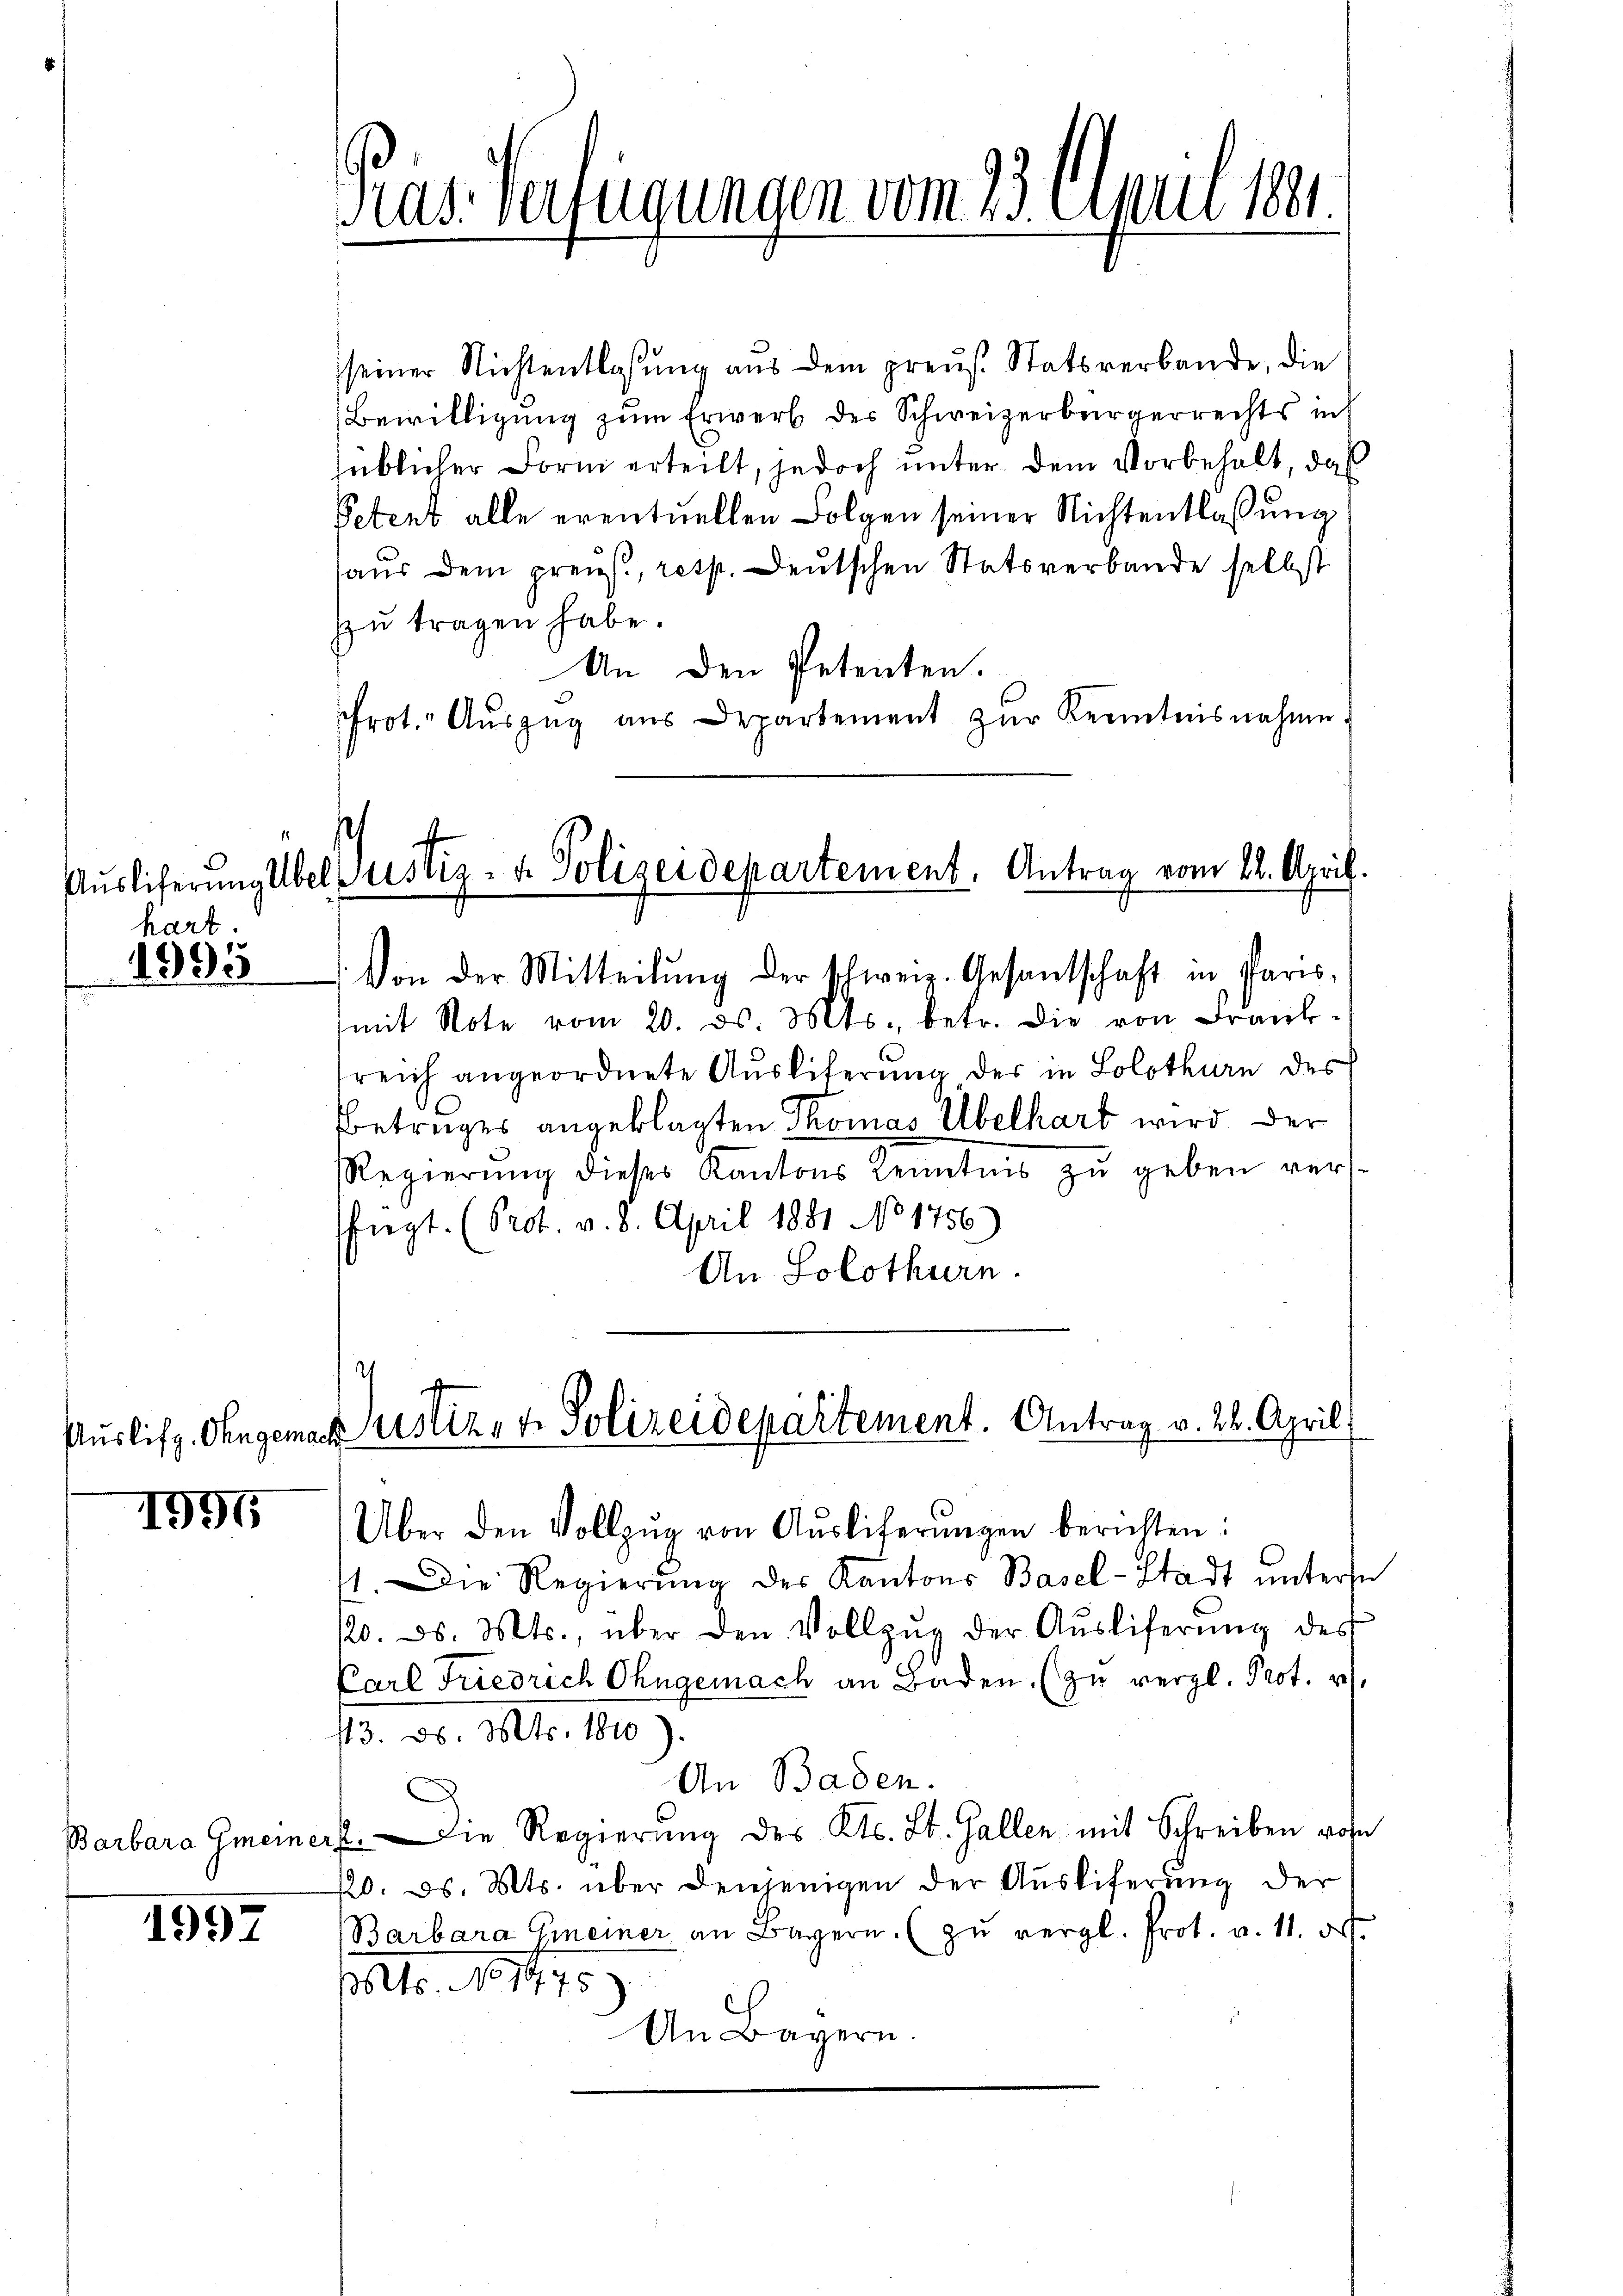
hart.

1995

1995

Barbara Gmeiner

1997

Pras. Verfügungen vom 23. April 1881.

seiner Nichtentlassŭng aŭs dem preus. Statsverbande, die
Bewilligung zum Erwerb des Schweizerbürgerrechts inh
süblicher Form erteilt, jedoch unter dem Vorbehalt, daß
Petent alle eventuellen Folgen seiner Nichtentlassung
haus dem preus, resp. Deutschen Statsverbande selbst
zu tragen habe.
An den Petenten.
frot. Aŭszŭg aŭs Departement zŭr Kenntnisnahme.

Auslieferung über Justiz- & Polizeidepartement. Antrag vom 12. April.

Von der Mitteilŭng der Schweiz. Gesandtschaft in Paris-
mit Note vom 20. ds. Mts., betr. die von Frank-
sreich angeordnete Ausliterung, der in Solothurn des
Betruges angeklagten Thomas Übelhart wird der
Regierŭng dieses Kantons Kenntnis zŭ geben versfügt. (Prot. v. 8. April 1881 No 1756)
An Solothurn.

I
Auslifz. Ohngemach Zustiz- & Polizeidepartement. Antrag v. 28. April

Über den Vollzŭg von Aŭsliferŭngen berichten:
1. Die Regierŭng des Kantons Basel-Stadt ŭnterse
/20. d. Mts., über den Vollzŭg der Aŭsliferŭng des
Carl Friedrich Ohngemach an Baden (zu vergl. Prot. 2
/3. d. 1. No. 180.)
An Baden.
E. Die Regierung des Kts. St. Gallen mit Schreiben rohe
120. d. Mts. über denjenigen der Auslieferung der
Barbara Gmeiner an Bayern. (zŭ vergl. Prot. v. 11. ds.
Mts. No 1475
An Bayern.